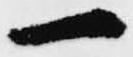
一